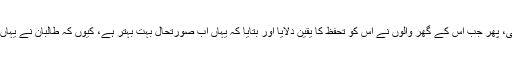
اس نے وہاں سے نکل کر نوکری ڈھونڈنے کی بہت کوشش کی، پھر جب اس کے گھر والوں نے اس کو تحفظ کا یقین دلایا اور بتایا کہ یہاں اب صورتحال بہت بہتر ہے، کیوں کہ طالبان نے یہاں کا کنٹرول سنبھال لیا ہے، تو اس نے واپس آنے کا فیصلہ کیا۔